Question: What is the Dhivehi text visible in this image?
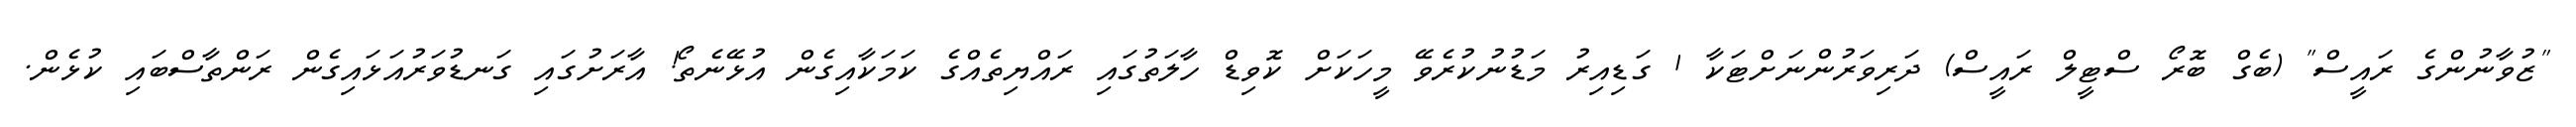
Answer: "ޒުވާނުންގެ ރައީސް" (ބެގް ބޮރޯ ސްޓީލް ރައީސް) ދަރިވަރުންނަށްޓަކާ 1 ގަޑިއިރު މަޑުނުކުރެވޭ މީހަކަށް ކޮވިޑް ހާލަތުގައި ރައްޔިތެއްގެ ކަމަކާއިގެން އުޅޭނެތޯ! އާރަށުގައި ގަނޑުވަރުއަޅައިގެން ރަންތާސްބައި ކުޅެން.